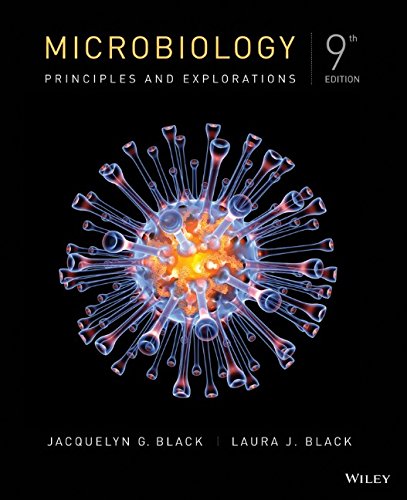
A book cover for Microbiology: Principles and Explorations; Jacquelyn G. Black; Medical Books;